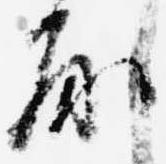
房